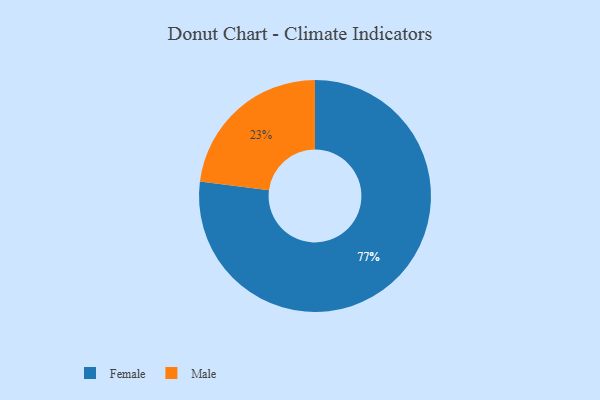
{"axis": {"x": "Category", "y": "Percentage"}, "legend": ["Female", "Male"], "data": [{"x": "Male", "y": 23, "type": "Male"}, {"x": "Female", "y": 77, "type": "Female"}]}